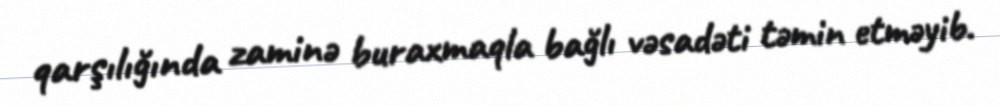
qarşılığında zaminə buraxmaqla bağlı vəsadəti təmin etməyib.